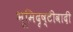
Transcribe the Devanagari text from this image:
भूमिदृष्टीवादी